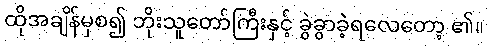
ထိုအချိန်မှစ၍ ဘိုးသူတော်ကြီးနှင့် ခွဲခွာခဲ့ရလေတော့ ၏။